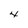
Character: 4